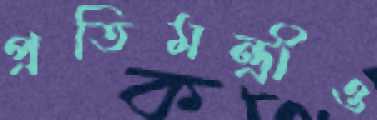
প্রতিমন্ত্রীও